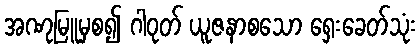
အဏုမြူမှစ၍ ဂါဝုတ် ယူဇနာစသော ရှေးခေတ်သုံး